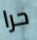
حرا